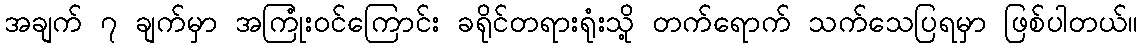
အချက် ၇ ချက်မှာ အကြုံးဝင်ကြောင်း ခရိုင်တရားရုံးသို့ တက်ရောက် သက်သေပြရမှာ ဖြစ်ပါတယ်။